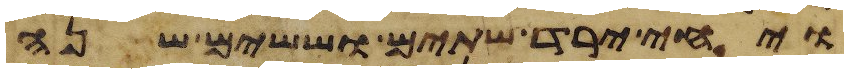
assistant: ויחי ירד שתים וששים שנה